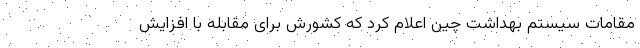
مقامات سیستم بهداشت چین اعلام کرد که کشورش برای مقابله با افزایش